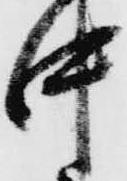
中